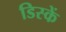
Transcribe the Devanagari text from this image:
डिस्कें